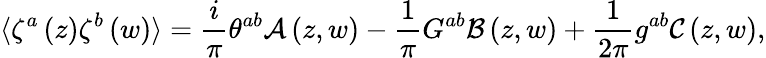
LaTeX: \langle\zeta^{a}\left(z\right)\zeta^{b}\left(w\right)\rangle=\frac{i}{\pi}\theta^{ab}\mathcal{A}\left(z,w\right)-\frac{1}{\pi}G^{ab}\mathcal{B}\left(z,w\right)+\frac{1}{2\pi}g^{ab}\mathcal{C}\left(z,w\right),